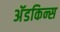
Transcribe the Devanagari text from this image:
अॅडकिन्स